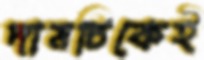
দামটিকেই